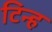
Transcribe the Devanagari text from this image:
टिन्ह